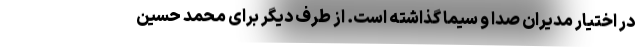
در اختیار مدیران صدا و سیما گذاشته است. از طرف دیگر برای محمد حسین